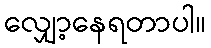
လျှော့နေရတာပါ။